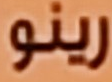
رينو